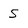
Character: 5